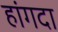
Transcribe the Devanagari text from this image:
हांगदा